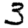
Digit: 3